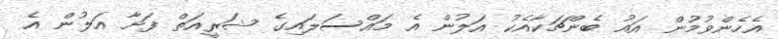
އެހެންވުމުން އައު ބެންޗަކާއެކު އަލުން އެ މައްސަލައިގެ ޝަރީއަތް ފަށާ އަލުން އެ